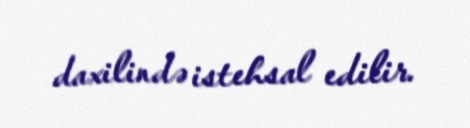
daxilində istehsal edilir.